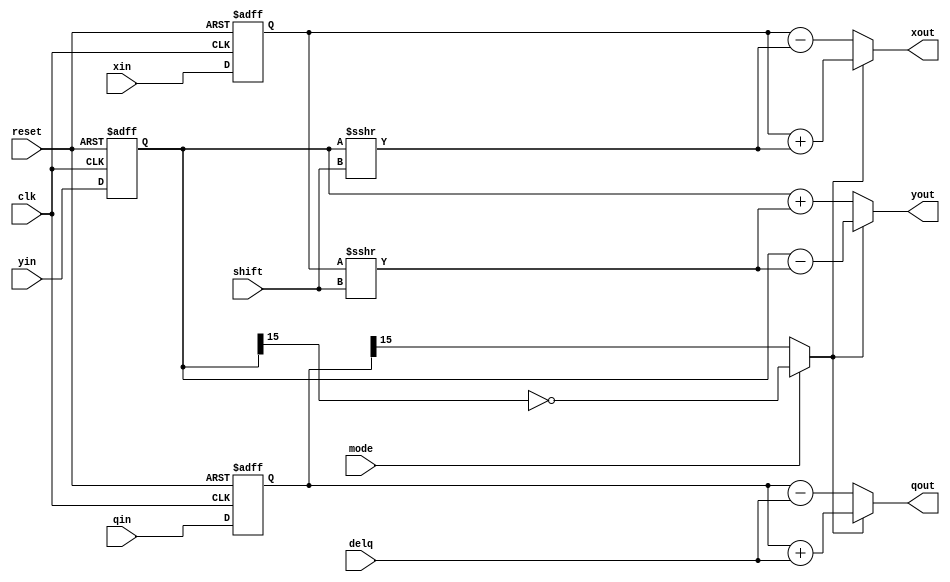
// Module CORDIC Unit
module CU (clk, reset, xin, yin, qin, mode, delq, shift, xout, yout, qout);
    parameter width = 'd16;
    input clk, reset, mode;
    input signed [width-1:0] xin, yin, qin, delq;
    input [3:0] shift;
    output reg signed [width-1:0] xout, yout, qout;
	wire m; 
    reg signed [width-1:0] x, y, q;
    
    assign m = mode ? (~y[width-1]):q[width-1];
    
    always @(posedge clk or posedge reset)
        begin
            if (reset)
                begin
                    x <= 'h0;
                    y <= 'h0;
                    q <= 'h0;
                end
            else
                begin
                    x <= xin;
                    y <= yin;
                    q <= qin;
                end
        end
    
    always@ (*)
        begin
          if (m)
                begin
                    xout = x + (y>>>shift);
                    yout = y - (x>>>shift);
                    qout = q + delq;
                end
            else 
                begin
                    xout = x - (y>>>shift);
                    yout = y + (x>>>shift);
                    qout = q - delq;
                end
        end
endmodule